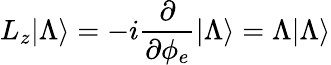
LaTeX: L_{z}|\Lambda\rangle=-i\frac{\partial}{\partial\phi_{e}}|\Lambda\rangle=\Lambda|\Lambda\rangle